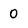
Character: 0